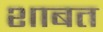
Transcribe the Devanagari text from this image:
शाबत